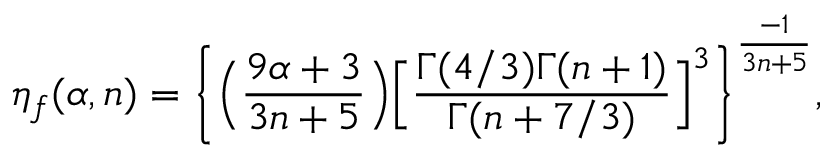
\eta _ { f } ( \alpha , n ) = \bigg \{ \Big ( \frac { 9 \alpha + 3 } { 3 n + 5 } \Big ) \Big [ \frac { \Gamma ( 4 / 3 ) \Gamma ( n + 1 ) } { \Gamma ( n + 7 / 3 ) } \Big ] ^ { 3 } \bigg \} ^ { \frac { - 1 } { 3 n + 5 } } ,